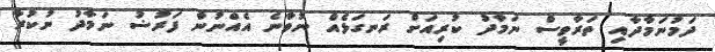
ދަމުނަމާދާއި ތަރާވީސް ނަމާދު ކުރިއަށް ރަނގަޅެއް ނުވާނެ އެއްނުން ފަރުޟު ނަމާދު ނުކުރާ